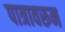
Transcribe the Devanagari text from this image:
पात्रावरून